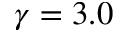
\gamma = 3 . 0